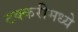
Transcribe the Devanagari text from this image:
टक्करीमध्ये